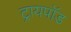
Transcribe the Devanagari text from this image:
ट्रायपाॅड